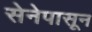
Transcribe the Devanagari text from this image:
सेनेपासून